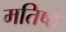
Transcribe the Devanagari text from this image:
मतिष्ठ